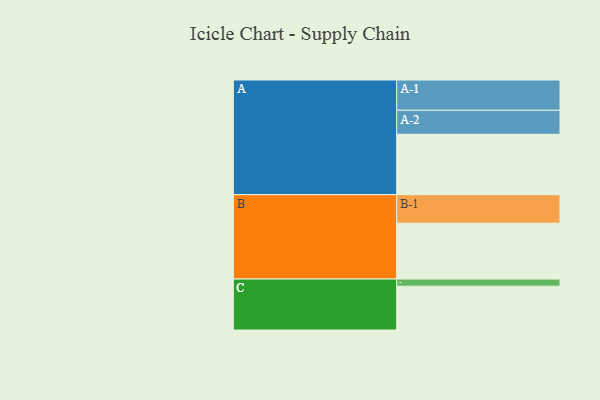
{"axis": {"x": "Segment", "y": "Value"}, "legend": ["", "A", "B", "C"], "data": [{"x": "A", "y": 441, "type": ""}, {"x": "B", "y": 408, "type": ""}, {"x": "C", "y": 320, "type": ""}, {"x": "A-1", "y": 221, "type": "A"}, {"x": "A-2", "y": 175, "type": "A"}, {"x": "B-1", "y": 208, "type": "B"}, {"x": "C-1", "y": 52, "type": "C"}]}